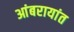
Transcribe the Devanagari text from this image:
आंबरायांत